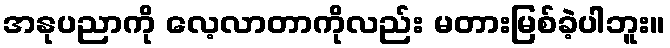
အနုပညာကို လေ့လာတာကိုလည်း မတားမြစ်ခဲ့ပါဘူး။